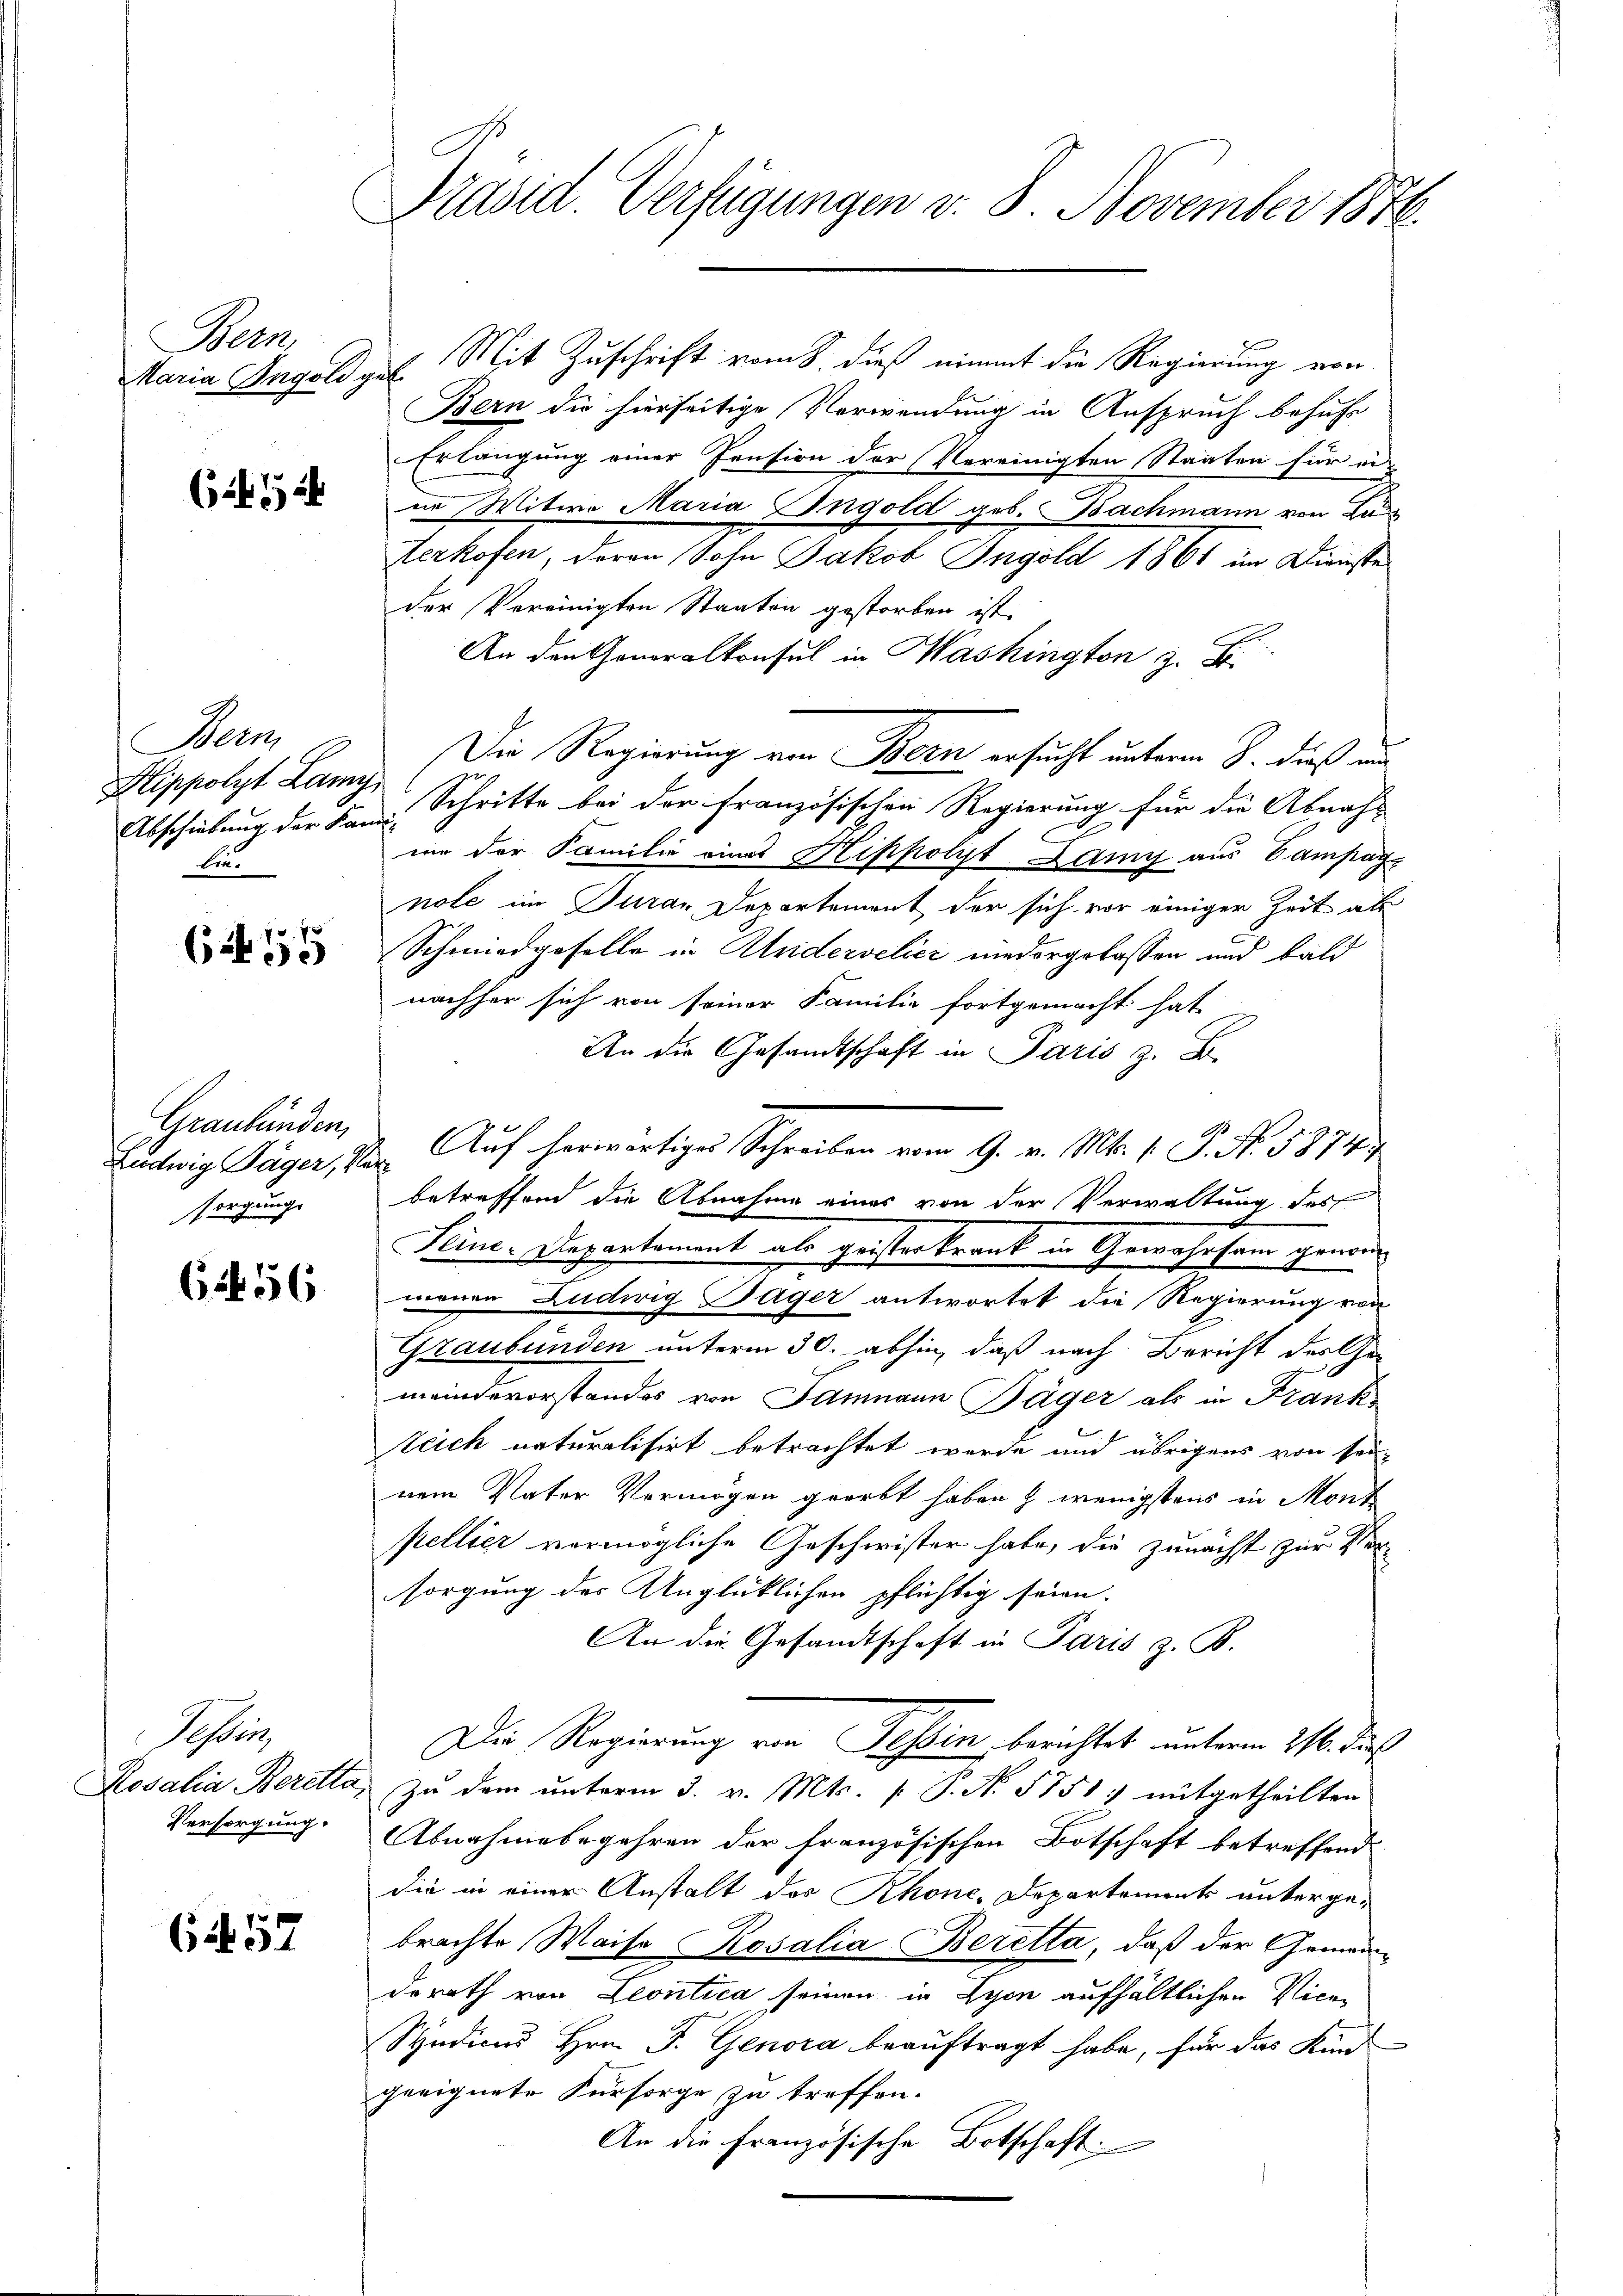
Bern,
Maria Ingoli z

6

Berm
Hippolyt Lamy
Abschiebung der Fami-
lie.

6 255

Graubünden,
Ludwig Täger, Versorgung

656

Seftig
Rosalia Beretta,
Versorgung.

61452

Präsid. Verfügungen v. 8. November 1876.

ab. Mit Zuschrift vom 8 dieß nimmt die Regierung von
Bern die hierseitige Verwendung in Anspruch behufs
Erlangung einer Pension der Vereinigten Staaten für ei-
in Witwe Maria Ingold geb. Bachmann von Lan
terkofen, daran Sohn Jakob Ingold 1861 im Dienste
der Vereinigten Staaten gestorben ist.
An den Generalkonsul in Washington z. B.
Die Regierung von Bern ersucht unterm 8. dieß und
Schritte bei der französischen Regierung für die Abnahmm der Familie eines Hippolyt Lany aus Campagnole im Turan Departement der sich vor einiger Zeit als
Schmiedgeselle in Andervelicz niedergelassen und bald
nachher sich von seiner Familie fortgemacht hat
An die Gesandtschaft in Paris z. B.
Auf herwärtiger Schreiben vom 9. v. Mts. 1. P. Nr. 58747
betreffend die Abnahme eines von der Verwaltung des
Feine-Departement als geisteskrank in Gewahrsam genom-
menen Ludwig Sager antwortet die Regierung von
Graubünden unterm 30. abhin, daß nach Bericht des Ge-
meindevorstandes von Sammann Jäger als in Frank
Zeich naturalisirt betrachtet werde und übrigens von seinem Vater Vermögen geerbt haben & wenigstens in Mont
pellier vermögliche Geschwister habe, die zunächst zur Versorgung der Anglücklichen pflichtig seien.
An die Gesandtschaft in Paris z. B.
Die Regierung von Tessin berichtet unterm 21. dies
Zu dem unterm 3. v. Mts. [ P. No 5751 mitgetheilten
Abnahmebegehren der französischen Botschaft betreffend
die in einer Anstalt des Rhone-Departements unterge-
brachte Waise Kosalia Beretta, daß der Gemeiderath von Leontica seinen in Lyon aufhältlichen Vice¬
Syndicus Hrn. F. Genora beauftragt habe, für das Kind
geeignete Fürsorge zu treffen.
An die Französische Botschaft: